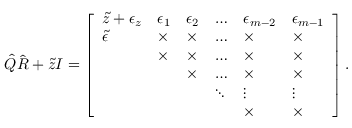
\hat { Q } \hat { R } + \tilde { z } I = \left[ \begin{array} { l l l l l l } { \tilde { z } + \epsilon _ { z } } & { { \epsilon } _ { 1 } } & { { \epsilon } _ { 2 } } & { \dots } & { { \epsilon } _ { m - 2 } } & { { \epsilon } _ { m - 1 } } \\ { \tilde { \epsilon } } & { \times } & { \times } & { \dots } & { \times } & { \times } \\ & { \times } & { \times } & { \dots } & { \times } & { \times } \\ & & { \times } & { \dots } & { \times } & { \times } \\ & & & { \ddots } & { \vdots } & { \vdots } \\ & & & & { \times } & { \times } \end{array} \right] .